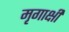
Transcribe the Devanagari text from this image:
मृगाक्षी